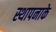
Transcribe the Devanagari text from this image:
स्थापनाके